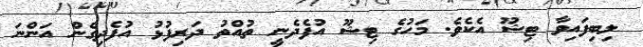
ލިބިފައިވާ ޓިޝޫ އެކެވެ. މަހުގެ ޓިޝޫ އުފެދެނީ ތުއްތު ދަރިފުޅު އުފެދިގެން އަންނަ